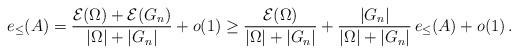
LaTeX: \begin{align*}e_\leq(A) & = \frac{\mathcal E(\Omega) + \mathcal E(G_n)}{|\Omega|+|G_n|} + o(1)\geq \frac{\mathcal E(\Omega)}{|\Omega|+|G_n|} + \frac{|G_n|}{|\Omega|+|G_n|}\,e_\leq(A) + o(1) \,.\end{align*}